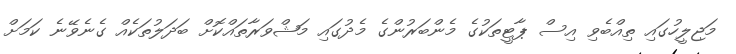
މަޖިލީހުގައި ތިއްބެވި އިސް ޕާޓީތަކުގެ މެންބަރުންގެ މެދުގައި މަޝްވަރާތައްކޮށް ބަދަލުތަކެއް ގެނެވޭނެ ކަމަށް